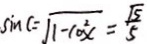
\sin C = \sqrt { 1 - \cos ^ { 2 } C } = \frac { \sqrt { 5 } } { 5 }